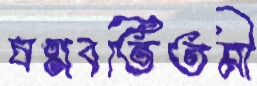
ষণ্ণবতিতমী